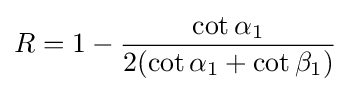
R=1-{\frac {\cot \alpha _{1}}{2(\cot \alpha _{1}+\cot \beta _{1})}}